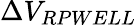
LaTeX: \Delta V_{RPWELL}